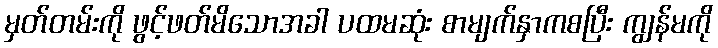
မှတ်တမ်းကို ဖွင့်ဖတ်မိသောအခါ ပထမဆုံး စာမျက်နှာကစပြီး ကျွန်မကို